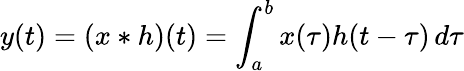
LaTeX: y(t)=(x*h)(t)=\int_{a}^{b}x(\tau)h(t-\tau)\, d\tau